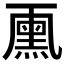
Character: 𠁘